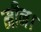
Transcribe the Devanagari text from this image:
मीन।